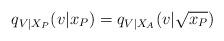
LaTeX: \begin{align*}q_{V|X_P}(v|x_P) = q_{V|X_A}(v|\sqrt{x_P})\end{align*}